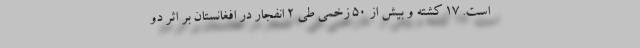
است. ۱۷ کشته و بیش از ۵۰ زخمی طی ۲ انفجار در افغانستان بر اثر دو